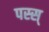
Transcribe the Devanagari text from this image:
पस्स्